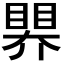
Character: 𥉁